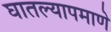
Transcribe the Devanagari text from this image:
घातल्यापमाणे